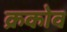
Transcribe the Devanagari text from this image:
क्रकोव